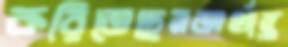
করিতেছেনঅর্থান্ত